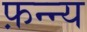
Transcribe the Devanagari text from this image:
फ़न्न्य